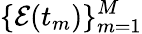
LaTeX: \{ {\mathcal E}(t_{m})\} _{m=1}^{M}